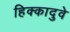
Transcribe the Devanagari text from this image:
हिक्कादुवे